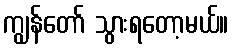
ကျွန်တော် သွားရတော့မယ်။